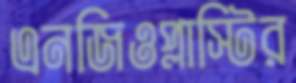
এনজিওপ্লাস্টির